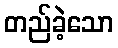
တည်ခဲ့သော